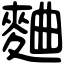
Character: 麯